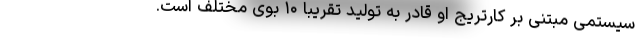
سیستمی مبتنی بر کارتریج او قادر به تولید تقریبا ۱۰ بوی مختلف است.